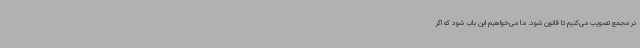
در مجمع تصویب می‌کنیم تا قانون شود. ما می‌خواهیم این باب شود که اگر